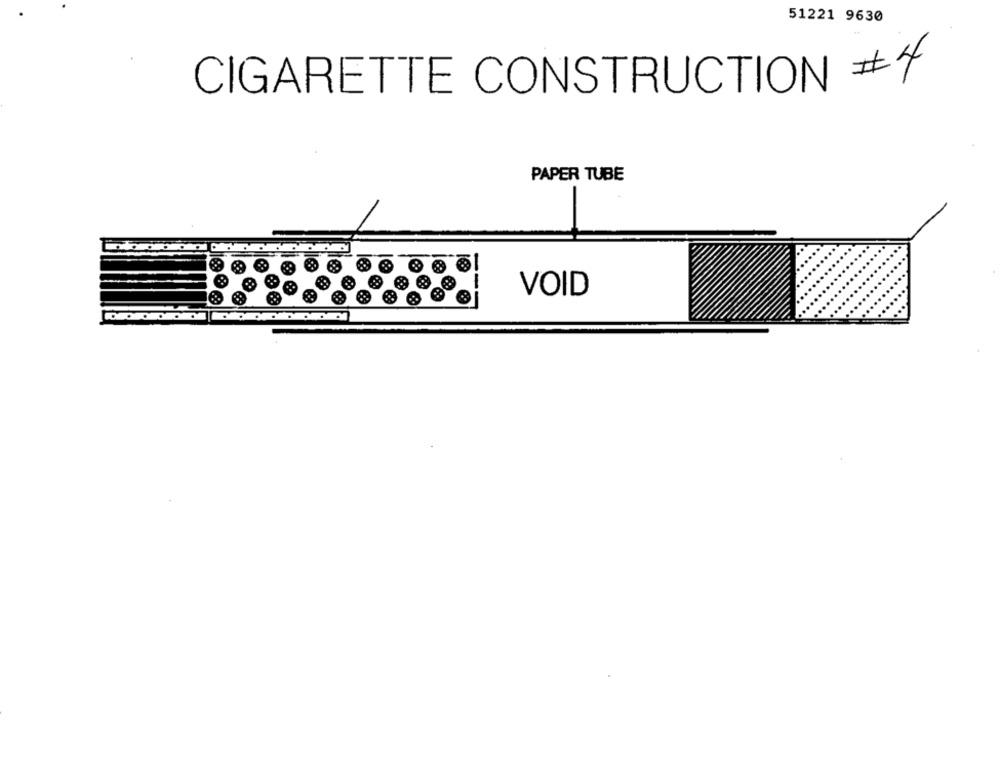
51221 9630
CIGARETTE CONSTRUCTION #4
PAPER TUBE
-
VOID